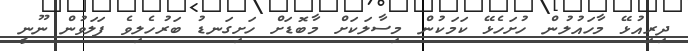
ދިރިއުޅޭ މާހައުލުން ހުށަހެޅޭ ކަމަކުން މިސާލަކަށް މާބޮޑަށް ހަށިގަނޑު ބަރުހެލިވެ ފަލަވުން ނޫނީ